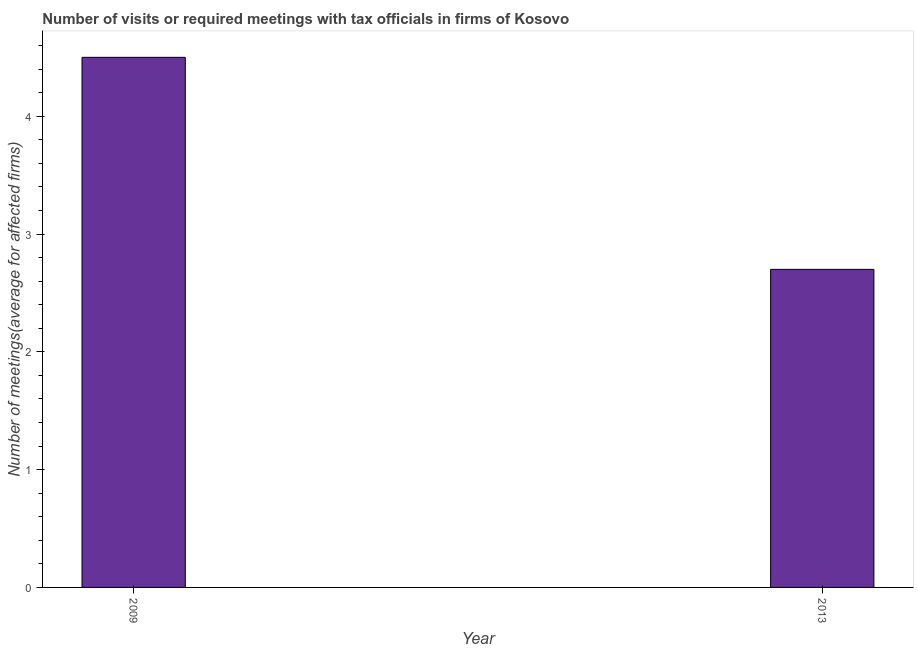
| Year | Meetings with tax officials |
 | --- | --- |
 | 2009 | 4.5 |
 | 2013 | 2.7 |